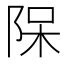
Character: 𨹦